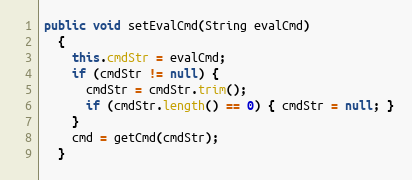
Language: Java
public void setEvalCmd(String evalCmd)
  {
    this.cmdStr = evalCmd;
    if (cmdStr != null) {
      cmdStr = cmdStr.trim();
      if (cmdStr.length() == 0) { cmdStr = null; }
    }
    cmd = getCmd(cmdStr);
  }